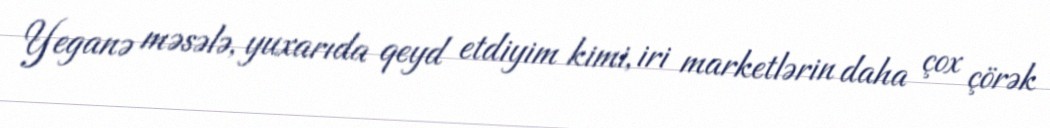
Yeganə məsələ, yuxarıda qeyd etdiyim kimi, iri marketlərin daha çox çörək